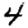
Digit: 4